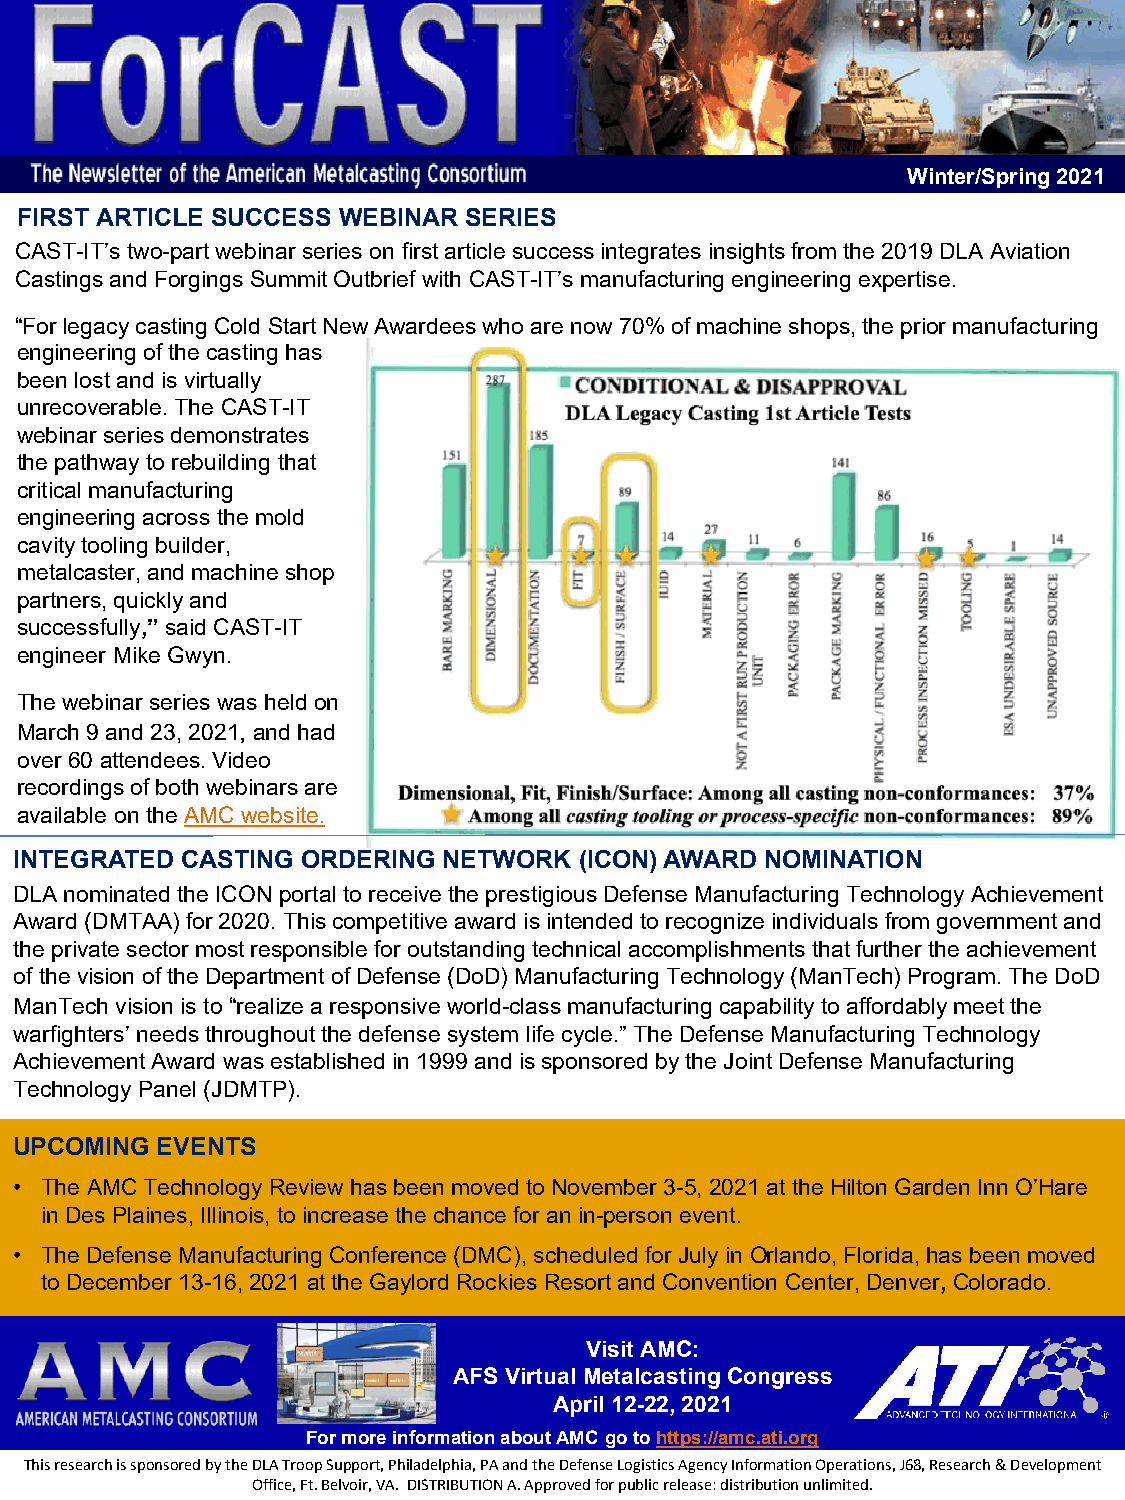
Winter/Spring 2021
 FIRST ARTICLE SUCCESS WEBINAR SERIES
 CAST-IT’s two-part webinar series on first article success integrates insights from the 2019 DLA Aviation
 Castings and Forgings Summit Outbrief with CAST-IT’s manufacturing engineering expertise.
 “For legacy casting Cold Start New Awardees who are now 70% of machine shops, the prior manufacturing
 engineering of the casting has
 been lost and is virtually
 unrecoverable. The CAST-IT
 webinar series demonstrates
 the pathway to rebuilding that
 critical manufacturing
 engineering across the mold
 cavity tooling builder,
 metalcaster, and machine shop
 partners, quickly and
 successfully,” said CAST-IT
 engineer Mike Gwyn.
 The webinar series was held on
 March 9 and 23, 2021, and had
 over 60 attendees. Video
 recordings of both webinars are
 available on the AMC website.
 INTEGRATED CASTING ORDERING NETWORK  (ICON) AWARD NOMINATION
 DLA nominated the ICON portal to receive the prestigious Defense Manufacturing Technology Achievement
 Award (DMTAA) for 2020. This competitive award is intended to recognize individuals from government and
 the private sector most responsible for outstanding technical accomplishments that further the achievement
 of the vision of the Department of Defense (DoD) Manufacturing Technology (ManTech) Program. The DoD
 ManTech vision is to “realize a responsive world-class manufacturing capability to affordably meet the
 warfighters’ needs throughout the defense system life cycle.” The Defense Manufacturing Technology
 Achievement Award was established in 1999 and is sponsored by the Joint Defense Manufacturing
 Technology Panel (JDMTP).
 UPCOMING EVENTS
 • The AMC Technology Review has been moved to November 3-5, 2021 at the Hilton Garden Inn O’Hare
 in Des Plaines, Illinois, to increase the chance for an in-person event.
 • The Defense Manufacturing Conference (DMC), scheduled for July in Orlando, Florida, has been moved
 to December 13-16, 2021 at the Gaylord Rockies Resort and Convention Center, Denver, Colorado.
 Visit AMC:
 AFS Virtual MetalcastingCongress
 April 12-22, 2021
 For more information about AMC go to https://amc.ati.org
 This research is sponsored by the DLA Troop Support, Philadelphia, PA and the Defense Logistics Agency Information Operations, J68, Research & Development
 Office, Ft. Belvoir, VA. DISTRIBUTION A. Approved for public release: distribution unlimited.